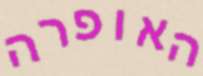
האופרה